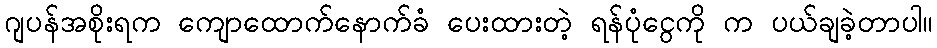
ဂျပန်အစိုးရက ကျောထောက်နောက်ခံ ပေးထားတဲ့ ရန်ပုံငွေကို က ပယ်ချခဲ့တာပါ။